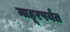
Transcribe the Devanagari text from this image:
माहूरपर्यंत